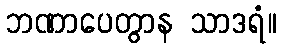
ဘဏာပေတွာန သာဒရံ။